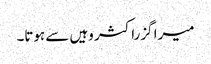
میرا گزراکثر وہیں سے ہوتا۔